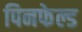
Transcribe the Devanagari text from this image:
पिनफेल्ड